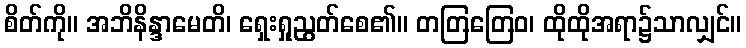
စိတ်ကို။ အဘိနိန္ဒာမေတိ၊ ရှေးရှုညွတ်စေ၏။ တတြတြေဝ၊ ထိုထိုအရာ၌သာလျှင်။